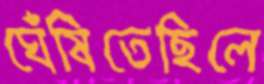
ঘেঁষিতেছিলে